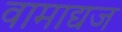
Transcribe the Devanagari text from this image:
वामाद्यज